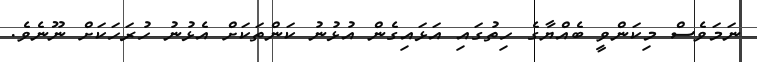
ނަމަވެސް މިކަންވީ ބެއްޔާގެ ހިތުގައި އަޅައިގެން އުޅުނު ކަންތަކަށް އެޅުނު ހުރަހަކަށް ނޫނެވެ.